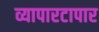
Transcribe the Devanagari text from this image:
व्यापारटापार